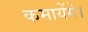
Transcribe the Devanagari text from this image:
कमायेंगे।